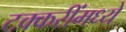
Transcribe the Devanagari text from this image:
टक्करींमध्ये